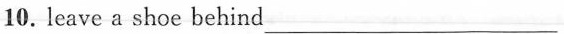
10. leave a shoe behind ___